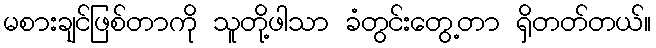
မစားချင်ဖြစ်တာကို သူတို့ဖါသာ ခံတွင်းတွေ့တာ ရှိတတ်တယ်။